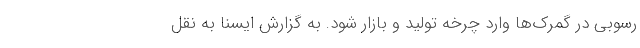
رسوبی در گمرک‌ها وارد چرخه تولید و بازار شود. به گزارش ایسنا به نقل